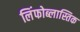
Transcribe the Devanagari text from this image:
लिंफोब्लास्तिक